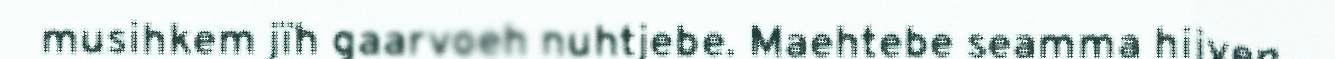
musihkem jïh gaarvoeh nuhtjebe. Maehtebe seamma hijven